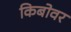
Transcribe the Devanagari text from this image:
किबोवर